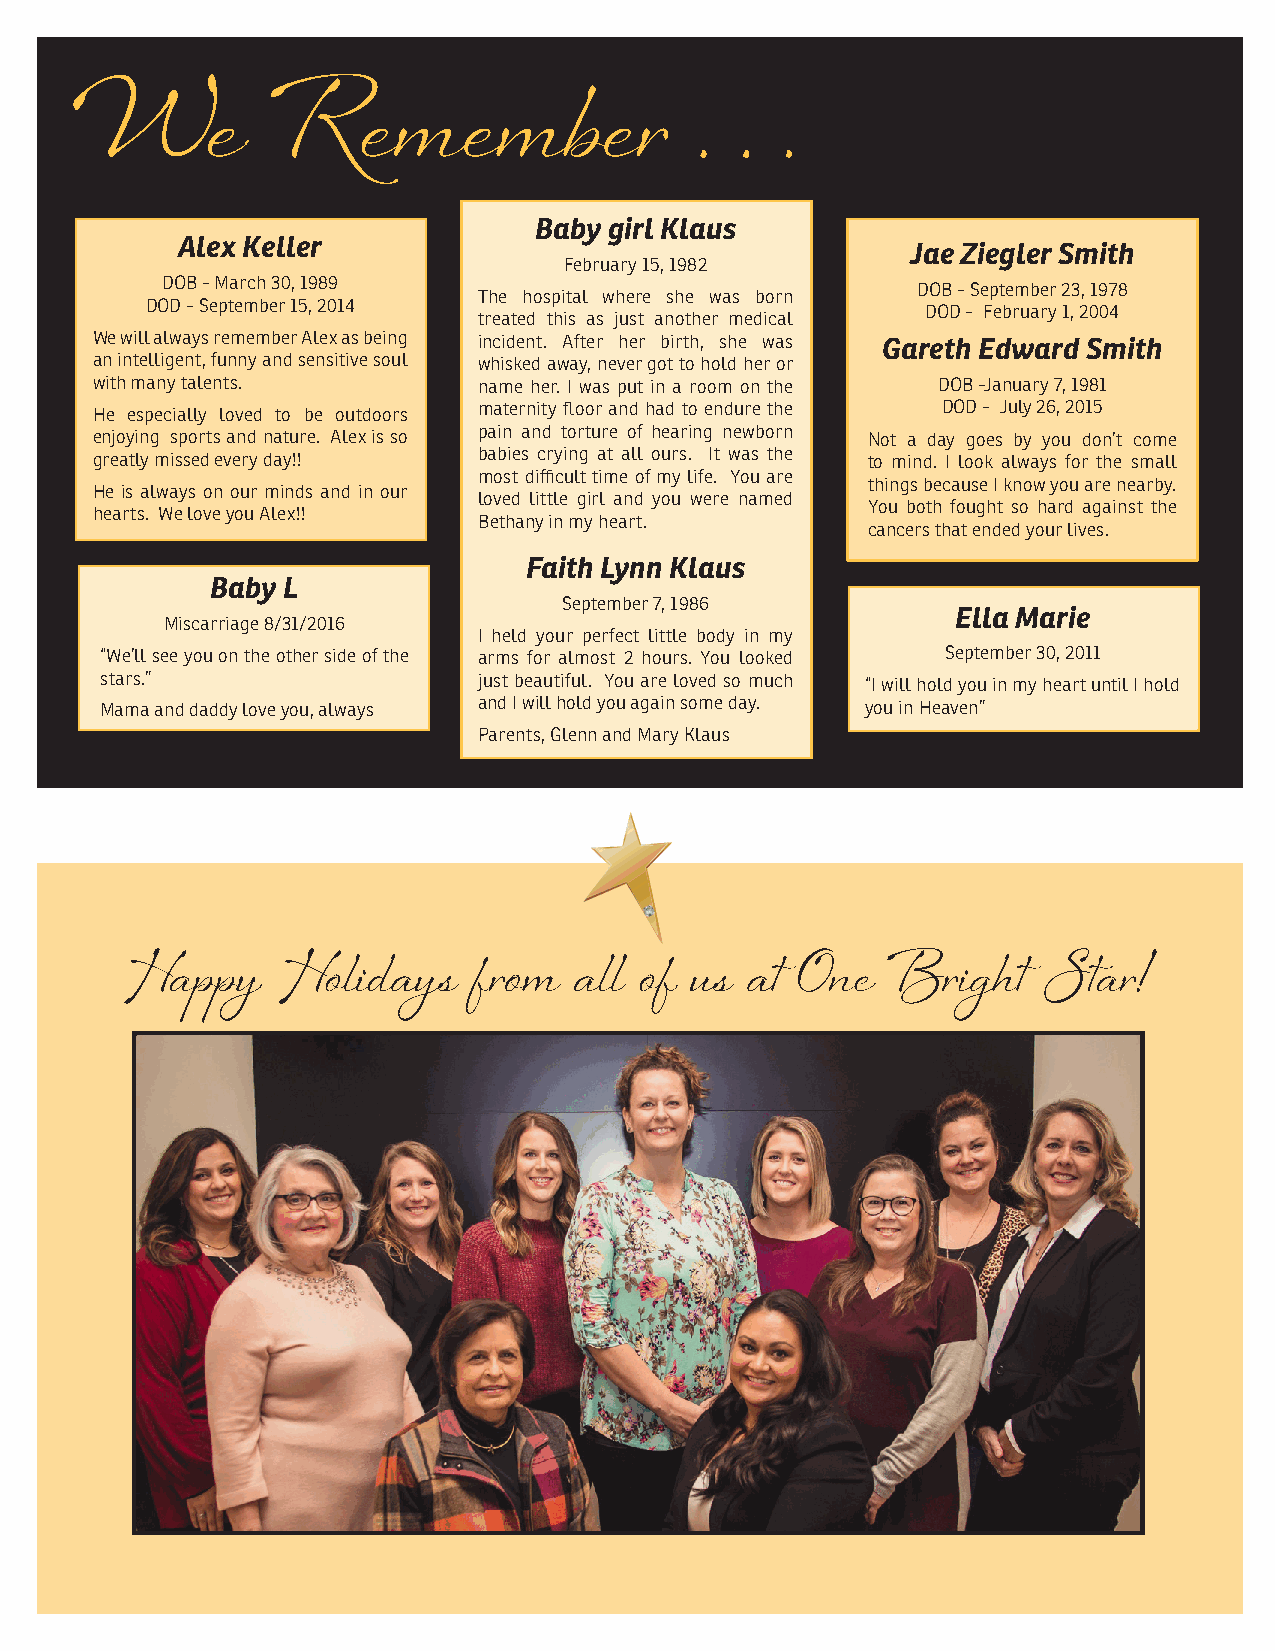
W        e   R     e m    e m   b  e r   .  . .
 Baby girl Klaus
 Alex Keller
 Jae Ziegler Smith
 February 15, 1982
 DOB - March 30, 1989
 DOB - September 23, 1978
 The hospital where she was born
 DOD - September 15, 2014
 DOD - February 1, 2004
 treated this as just another medical
 We will always remember Alex as being incident. After her birth, she was Gareth Edward Smith
 an intelligent, funny and sensitive soul whisked away, never got to hold her or
 with many talents.        name her. I was put in a room on the DOB -January 7, 1981
 He especially loved to be outdoors maternity floor and had to endure the DOD - July 26, 2015
 enjoying sports and nature. Alex is so pain and torture of hearing newborn Not a day goes by you don’t come
 greatly missed every day!! babies crying at all ours. It was the to mind. I look always for the small
 most difficult time of my life. You are
 things because I know you are nearby.
 He is always on our minds and in our
 loved little girl and you were named
 You both fought so hard against the
 hearts. We love you Alex!!
 Bethany in my heart.
 cancers that ended your lives.
 Faith Lynn Klaus
 Baby L
 September 7, 1986
 Ella Marie
 Miscarriage 8/31/2016
 I held your perfect little body in my
 “We’ll see you on the other side of the arms for almost 2 hours. You looked September 30, 2011
 stars.”                  just beautiful. You are loved so much “I will hold you in my heart until I hold
 Mama and daddy love you, always and I will hold you again some day. you in Heaven”
 Parents, Glenn and Mary Klaus
 Ha   p p y Ho  l i d a y s f r o m a l l o f u s a t O n e B r i g h t S t a r !